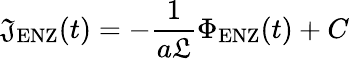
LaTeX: \mathfrak{J}_{\mathrm{{ENZ}}}(t)=-\frac{{1}}{{a\mathfrak{{L}}}}\Phi_{\mathrm{{ENZ}}}(t)+C